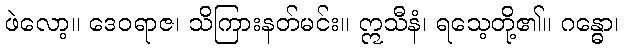
ဖဲလော့။ ဒေဝရာဇ၊ သိကြားနတ်မင်း။ ဣသီနံ၊ ရသေ့တို့၏။ ဂန္ဓော၊